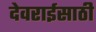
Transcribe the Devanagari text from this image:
देवराईसाठी